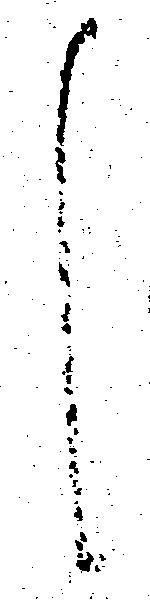
し